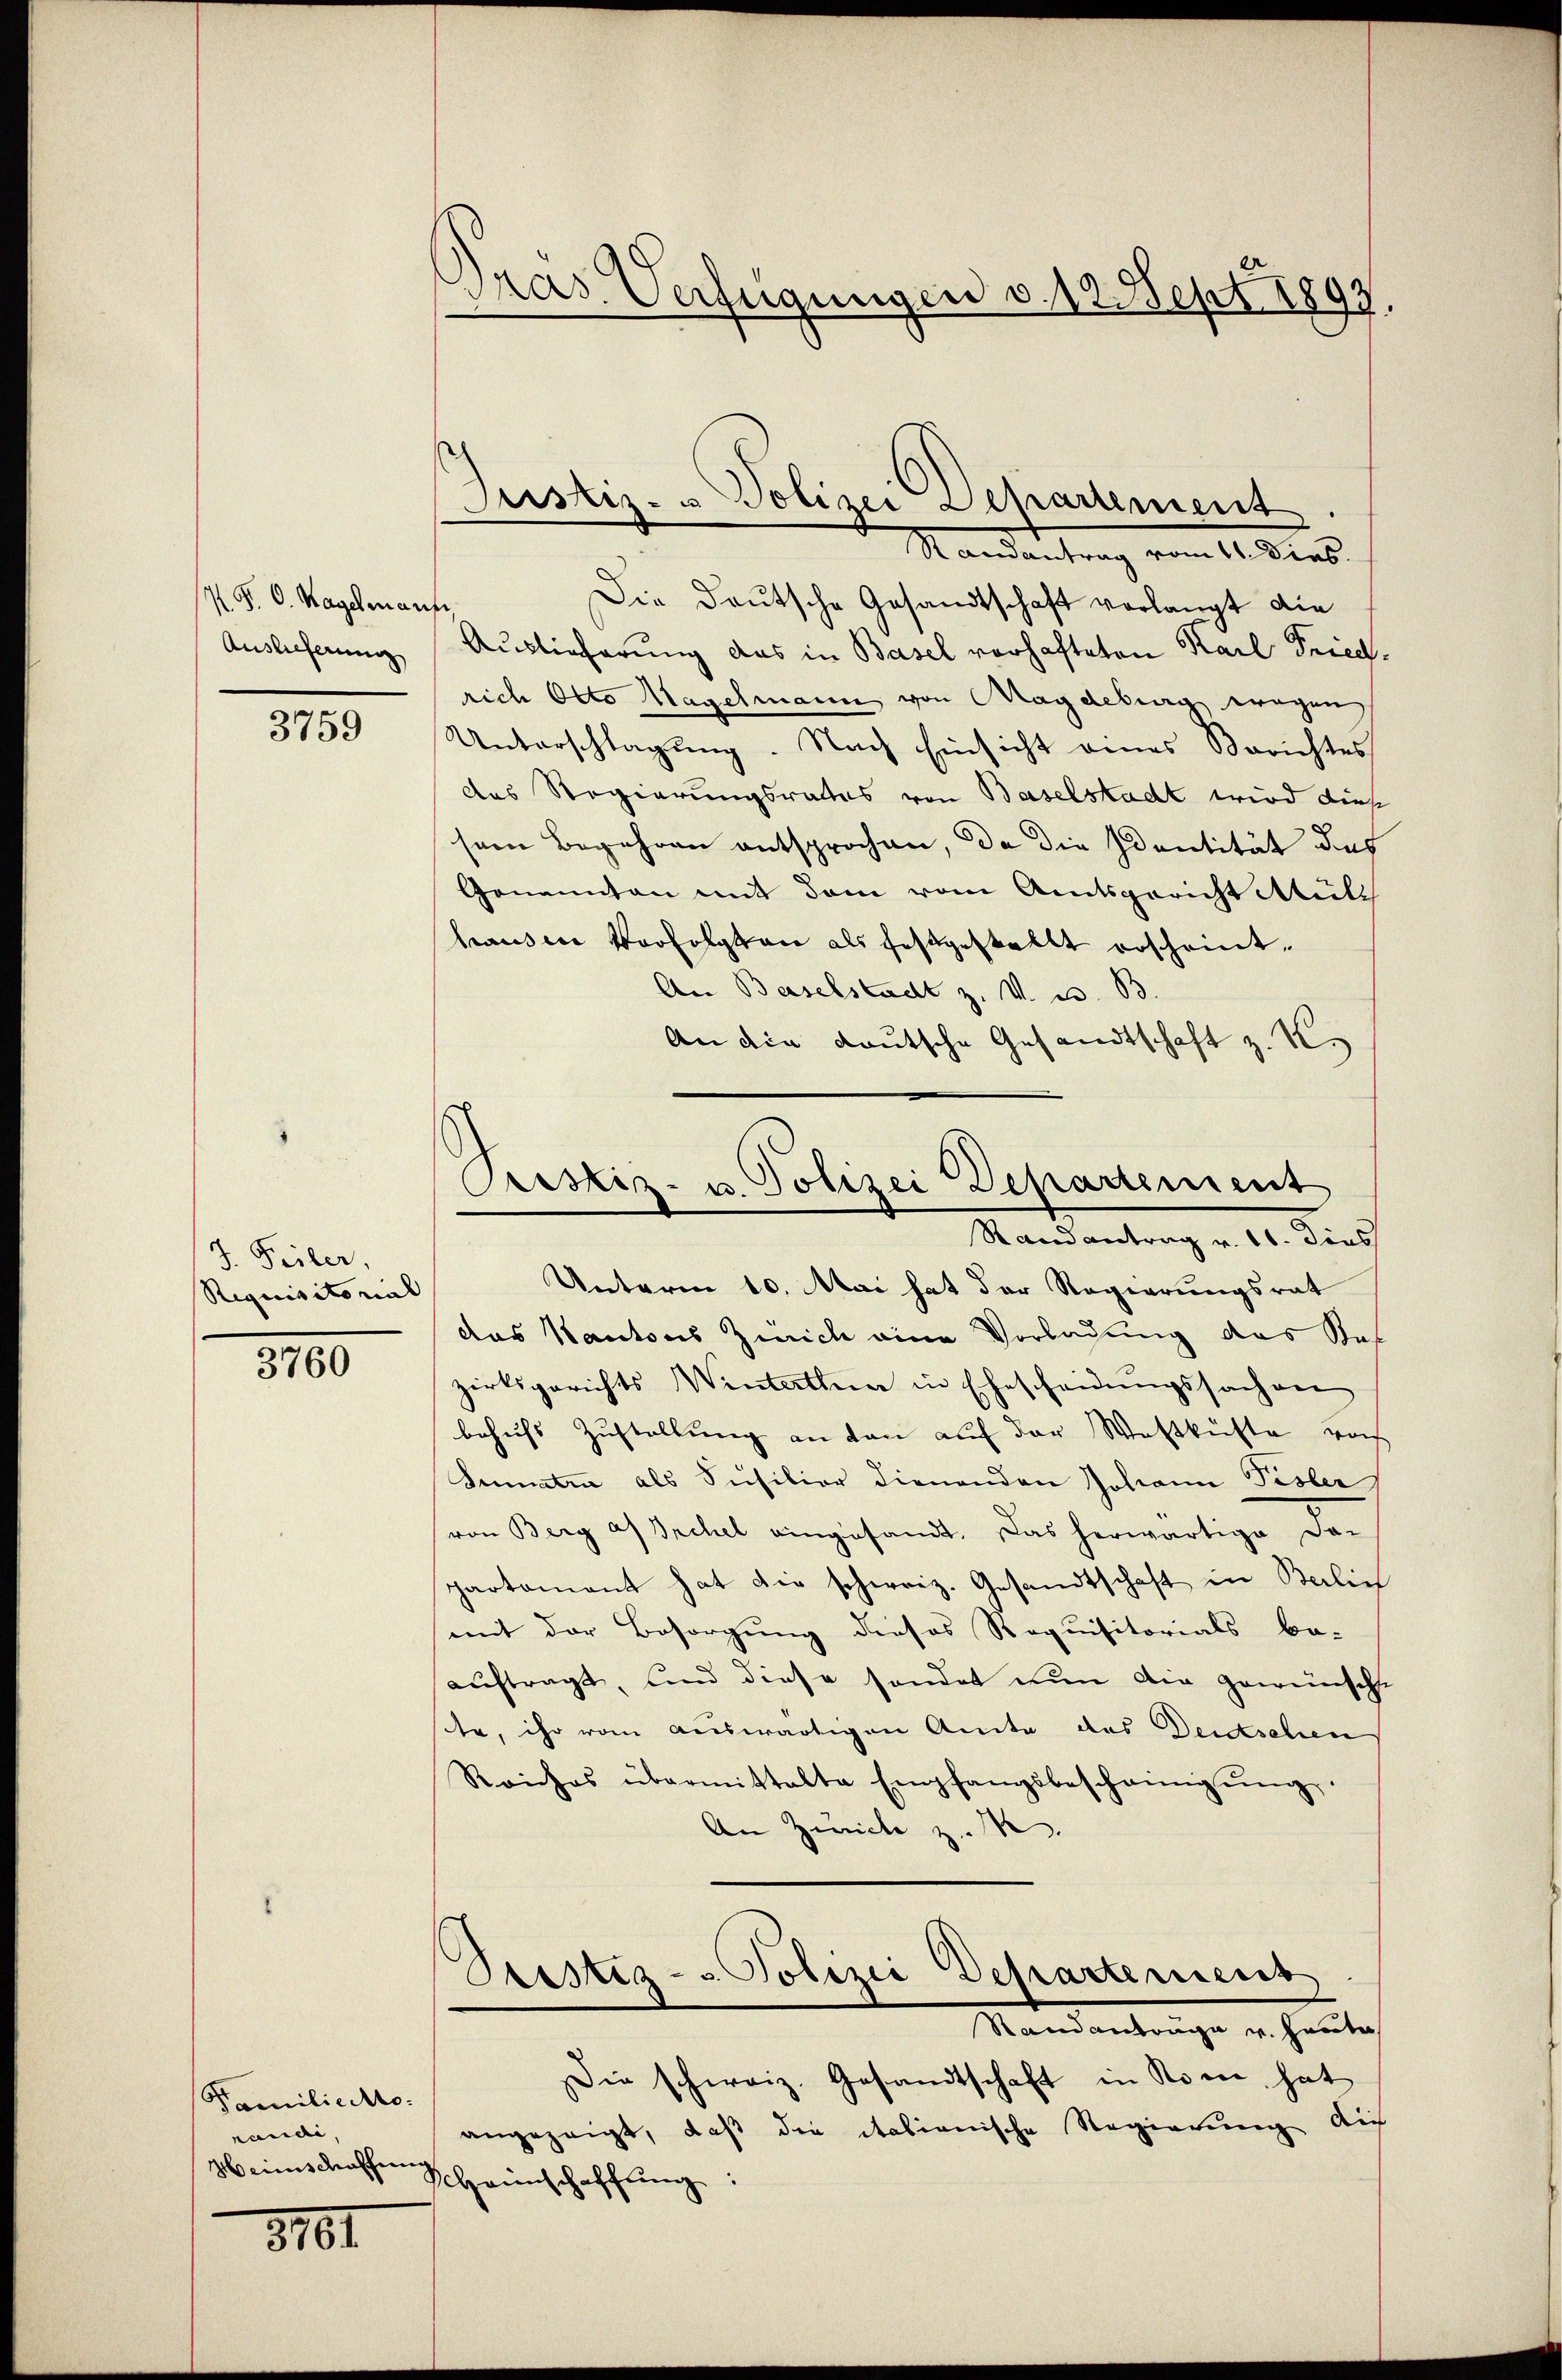
N. P. C. Hagelmann,
Auslieferung

3759

J. Fieber,
Requisitorial

3760

Familiectonanai
Weinschaffen

8761

Gras Verfügungen v. 12. Sept 1897.

Justiz- u Polizei Departement
Randantrag vom 11. Dies

Die Deutsche Gesandtschaft verlangt die
Auslieferung das in Basel vorhafteten Karl Friedrich Otto Magelmann von Magdeburg wegen,
Unterschlagung. Nach Einsicht eines Berichtes
das Regierungsrathes von Baselstacht wird diese
sem Begehren entsprochen, da die Identität des
Genannten mit dem vom Amtsgericht Müli
hausen Verfolgten als festgestellt erscheint.
An Baselstadt z. V. u. 83.
An die deutsche Gesandtschaft z. K.

Prostiz- u. Polizei Departement
Stand antrag v. 11. dies

Unterm 10. Mai hat der Regierungsrat
das Kantons Zürich eine Vorladung das Stof
zirksgerichts Winterthur in Ehescheidungssachenr
behufs Zustellung an den auf der Westküste von
Sumatin als Füsilior dienenden Johann Pisler
von Berg an Sachel eingesandt. Das herwärtige Dar
partament hat die scherriz. Gesandtschaft in Belie
mit der Besorgung dieses Requisitorials be-
auftragt, und diese sonder nun die gewünschte
ste, ihr vom auswärtigen Amte des Dersehen
Reiches übermittalte Empfangsbescheinigŭng.
An Zürich z. B.
Stestiz- & Polizei Departerient
Standantrage v. Heute
Die schweiz. Gesandtschaft in Rom, hat
angezeigt, daß die italienische Regierung auf
VHannschaffŭng: